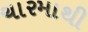
ચારમાથી